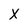
Character: X